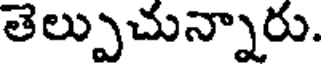
తెల్పుచున్నారు.